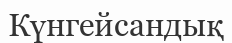
Күнгейсандық